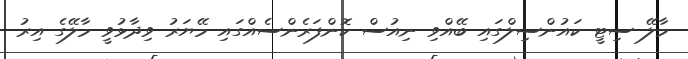
މާލޭ ސިޓީ ކައުންސިލްގައި ބޭއްވި ނިއުސް ކޮންފަރެންސެއްގައި މޭޔަރު ވިދާޅުވީ މާލޭގެ އިރު